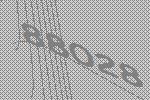
88028